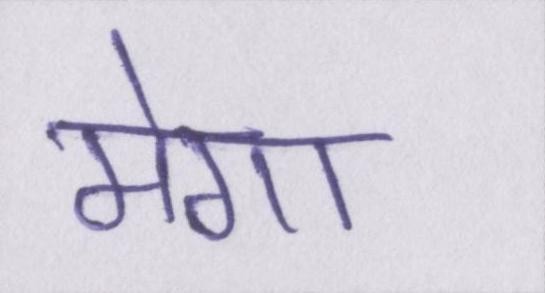
मेगा